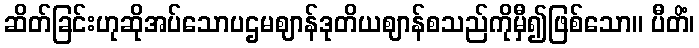
ဆိတ်ခြင်းဟုဆိုအပ်သောပဌမဈာန်ဒုတိယဈာန်စသည်ကိုမှီ၍ဖြစ်သော။ ပီတိံ၊